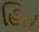
હિત